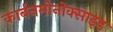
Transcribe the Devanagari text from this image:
कार्बनमोनोक्साइड